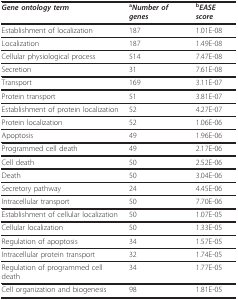
| Gene ontology term | aNumber of genes | bEASE score |
 | --- | --- | --- |
 | Establishment of localization | 187 | 1.01E-08 |
 | Localization | 187 | 1.49E-08 |
 | Cellular physiological process | 514 | 7.47E-08 |
 | Secretion | 31 | 7.61E-08 |
 | Transport | 169 | 3.11E-07 |
 | Protein transport | 51 | 3.81E-07 |
 | Establishment of protein localization | 52 | 4.27E-07 |
 | Protein localization | 52 | 1.06E-06 |
 | Apoptosis | 49 | 1.96E-06 |
 | Programmed cell death | 49 | 2.17E-06 |
 | Cell death | 50 | 2.52E-06 |
 | Death | 50 | 3.04E-06 |
 | Secretory pathway | 24 | 4.45E-06 |
 | Intracellular transport | 50 | 7.70E-06 |
 | Establishment of cellular localization | 50 | 1.07E-05 |
 | Cellular localization | 50 | 1.33E-05 |
 | Regulation of apoptosis | 34 | 1.57E-05 |
 | Intracellular protein transport | 32 | 1.74E-05 |
 | Regulation of programmed cell death | 34 | 1.77E-05 |
 | Cell organization and biogenesis | 98 | 1.81E-05 |